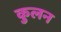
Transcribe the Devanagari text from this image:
कुलन